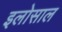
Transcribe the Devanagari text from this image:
इलोसाल